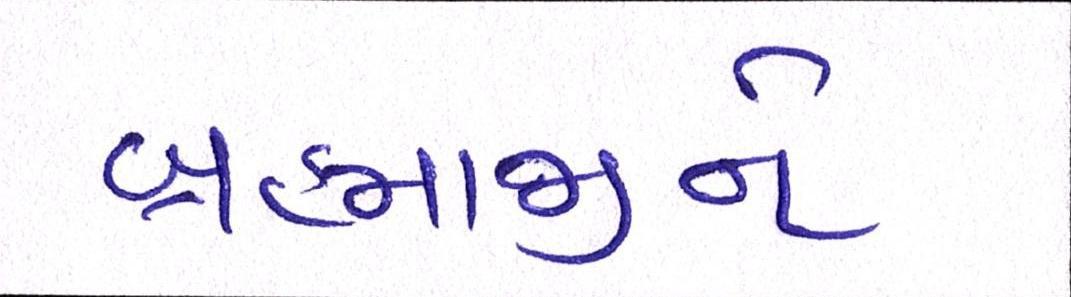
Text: બ્રહ્માજીને